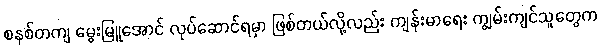
စနစ်တကျ မွေးမြူအောင် လုပ်ဆောင်ရမှာ ဖြစ်တယ်လို့လည်း ကျန်းမာရေး ကျွမ်းကျင်သူတွေက